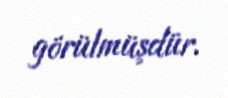
görülmüşdür.